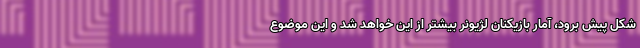
شکل پیش برود، آمار بازیکنان لژیونر بیشتر از این خواهد شد و این موضوع